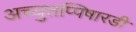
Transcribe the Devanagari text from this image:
अच्युतप्पिषारडी